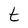
Character: t